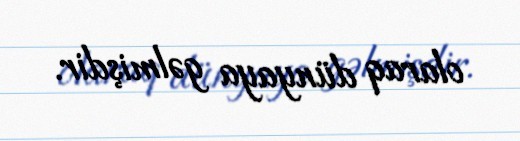
olaraq dünyaya gəlmişdir.